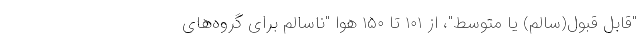
"قابل قبول(سالم) یا متوسط"، از ۱۰۱ تا ۱۵۰ هوا "ناسالم برای گروه‌های